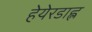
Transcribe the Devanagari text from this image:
हेयेरडाह्ल